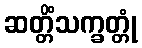
ဆတ္တိံသက္ခတ္တုံ